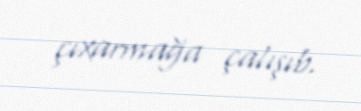
çıxarmağa çalışıb.